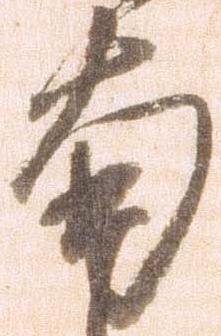
南